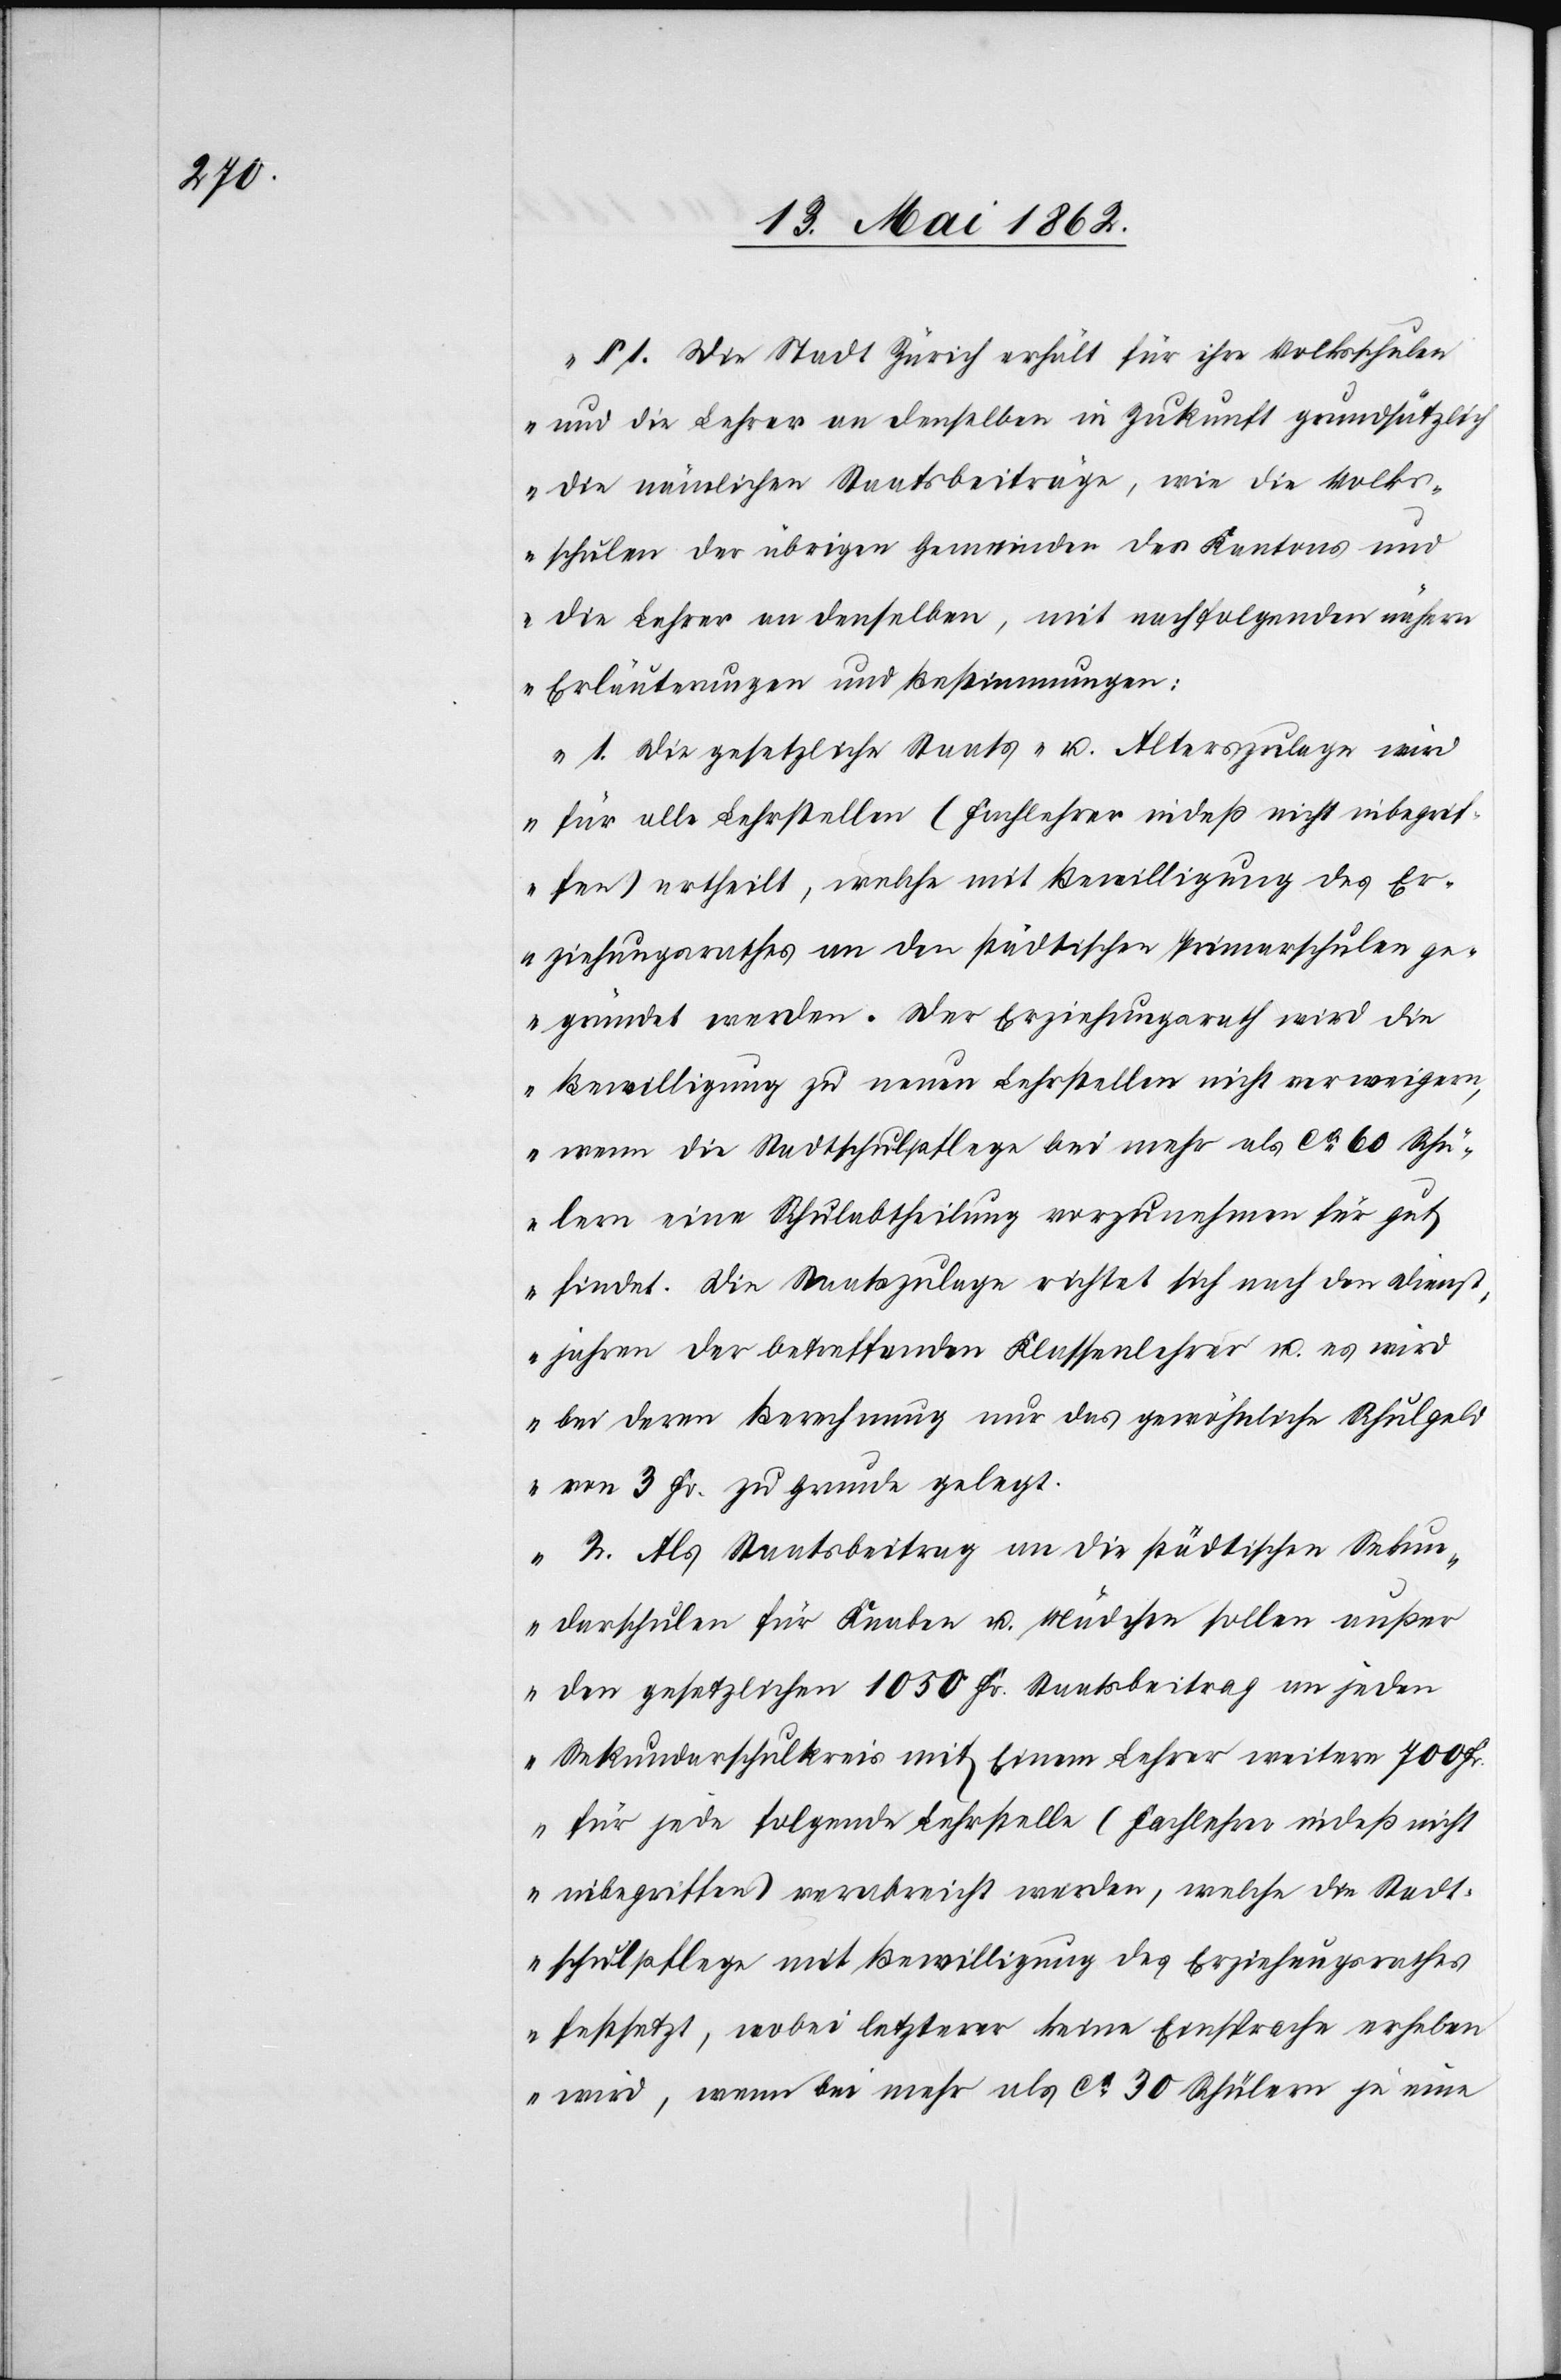
§. 1. Die Stadt Zürich erhält für ihre Volksschulen
und die Lehrer an denselben in Zukunft grundsätzlich
die nämlichen Staatsbeiträge, wie die Volks¬
schulen der übrigen Gemeinden des Kantons und
die Lehrer an denselben, mit nachfolgenden nähern
Erläuterungen und Bestimmungen:
1. Die gesetzliche Staats- u. Alterszulage wird
für alle Lehrstellen (Fachlehrer indeß nicht inbegrif¬
fen) ertheilt, welche mit Bewilligung des Er¬
ziehungsrathes an den städtischen Primarschulen ge¬
gründet werden. Der Erziehungsrath wird die
Bewilligung zu neuen Lehrstellen nicht verweigern,
wenn die Staatschulpflege bei mehr als ca. 60 Schü¬
lern eine Schulabtheilung vorzunehmen für gut
findet. Die Staatszulage richtet sich nach den Dienst¬
jahren der betreffenden Klassenlehrer u. es wird
bei deren Berechnung nur das gewöhnliche Schulgeld
von 3 Fr. zu Grunde gelegt.
2. Als Staatsbeitrag an die städtischen Sekun¬
darschulen für Knaben u. Mädchen sollen außer
den gesetzlichen 1050 Fr. Staatsbeitrag an jeden
Sekundarschulkreis mit Einem Lehrer weitere 700 Fr.
für jede folgende Lehrstelle (Fachlehrer indeß nicht
inbegriffen) verabreicht werden, welche die Stadt¬
schulpflege mit Bewilligung des Erziehungsrathes
festsetzt, wobei letzterer keine Einsprache erheben
wird, wenn bei mehr als ca. 30 Schülern je eine